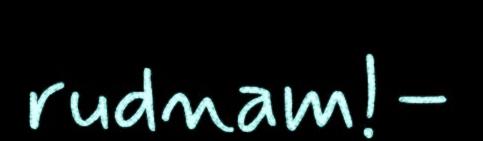
rudnam!–